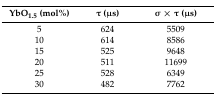
| YbO1.5 (mol%) | τ (μs) | σ × τ (μs) |
 | --- | --- | --- |
 | 5 | 624 | 5509 |
 | 10 | 614 | 8586 |
 | 15 | 525 | 9648 |
 | 20 | 511 | 11699 |
 | 25 | 528 | 6349 |
 | 30 | 482 | 7762 |